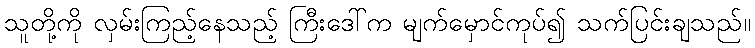
သူတို့ကို လှမ်းကြည့်နေသည့် ကြီးဒေါ်က မျက်မှောင်ကုပ်၍ သက်ပြင်းချသည်။